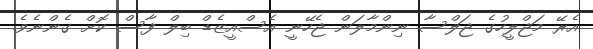
އެރޭ މަޖްލީހުގެ ޖަލްސާ ނިންމާލަން ޖެހޭނީ އެސްއީޒެޑް ބިލް ފާސް ކޮށް ގެންނެވެ.